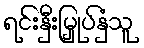
ရင်းနှီးမြှုပ်နှံသူ